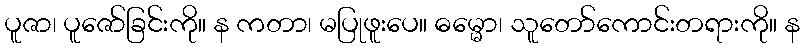
ပူဇာ၊ ပူဇော်ခြင်းကို။ န ကတာ၊ မပြုဖူးပေ။ ဓမ္မော၊ သူတော်ကောင်းတရားကို။ န